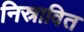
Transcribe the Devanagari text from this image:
निस्रावित